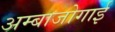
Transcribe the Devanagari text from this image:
अम्बाजोगाई